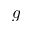
g